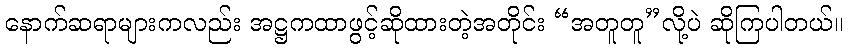
နောက်ဆရာများကလည်း အဋ္ဌကထာဖွင့်ဆိုထားတဲ့အတိုင်း “အတူတူ”လို့ပဲ ဆိုကြပါတယ်။